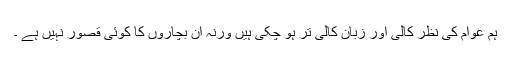
ہم عوام کی نظر کالی اور زبان کالی تر ہو چکی ہیں ورنہ ان بچاروں کا کوئی قصور نہیں ہے ۔